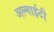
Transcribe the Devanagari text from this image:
अल्माईटी